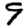
Digit: 9